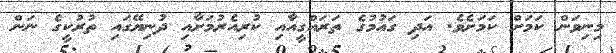
މިނިވަން ކަމަށް ކަމަށެވެ. އަދި ގައުމުގެ ތަރައްގީއާއި ކުރިއެރުމަށާއި ދުނިޔޭގައި ތުރުކީގެ ނަން